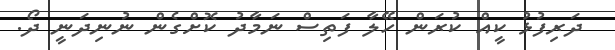
ދަރިފުޅު ކީއް ކުރަން ހޭލާ ފަތިސް ނަމާދު ކޮށްގެން ނުނިދަނީ ދޯ.